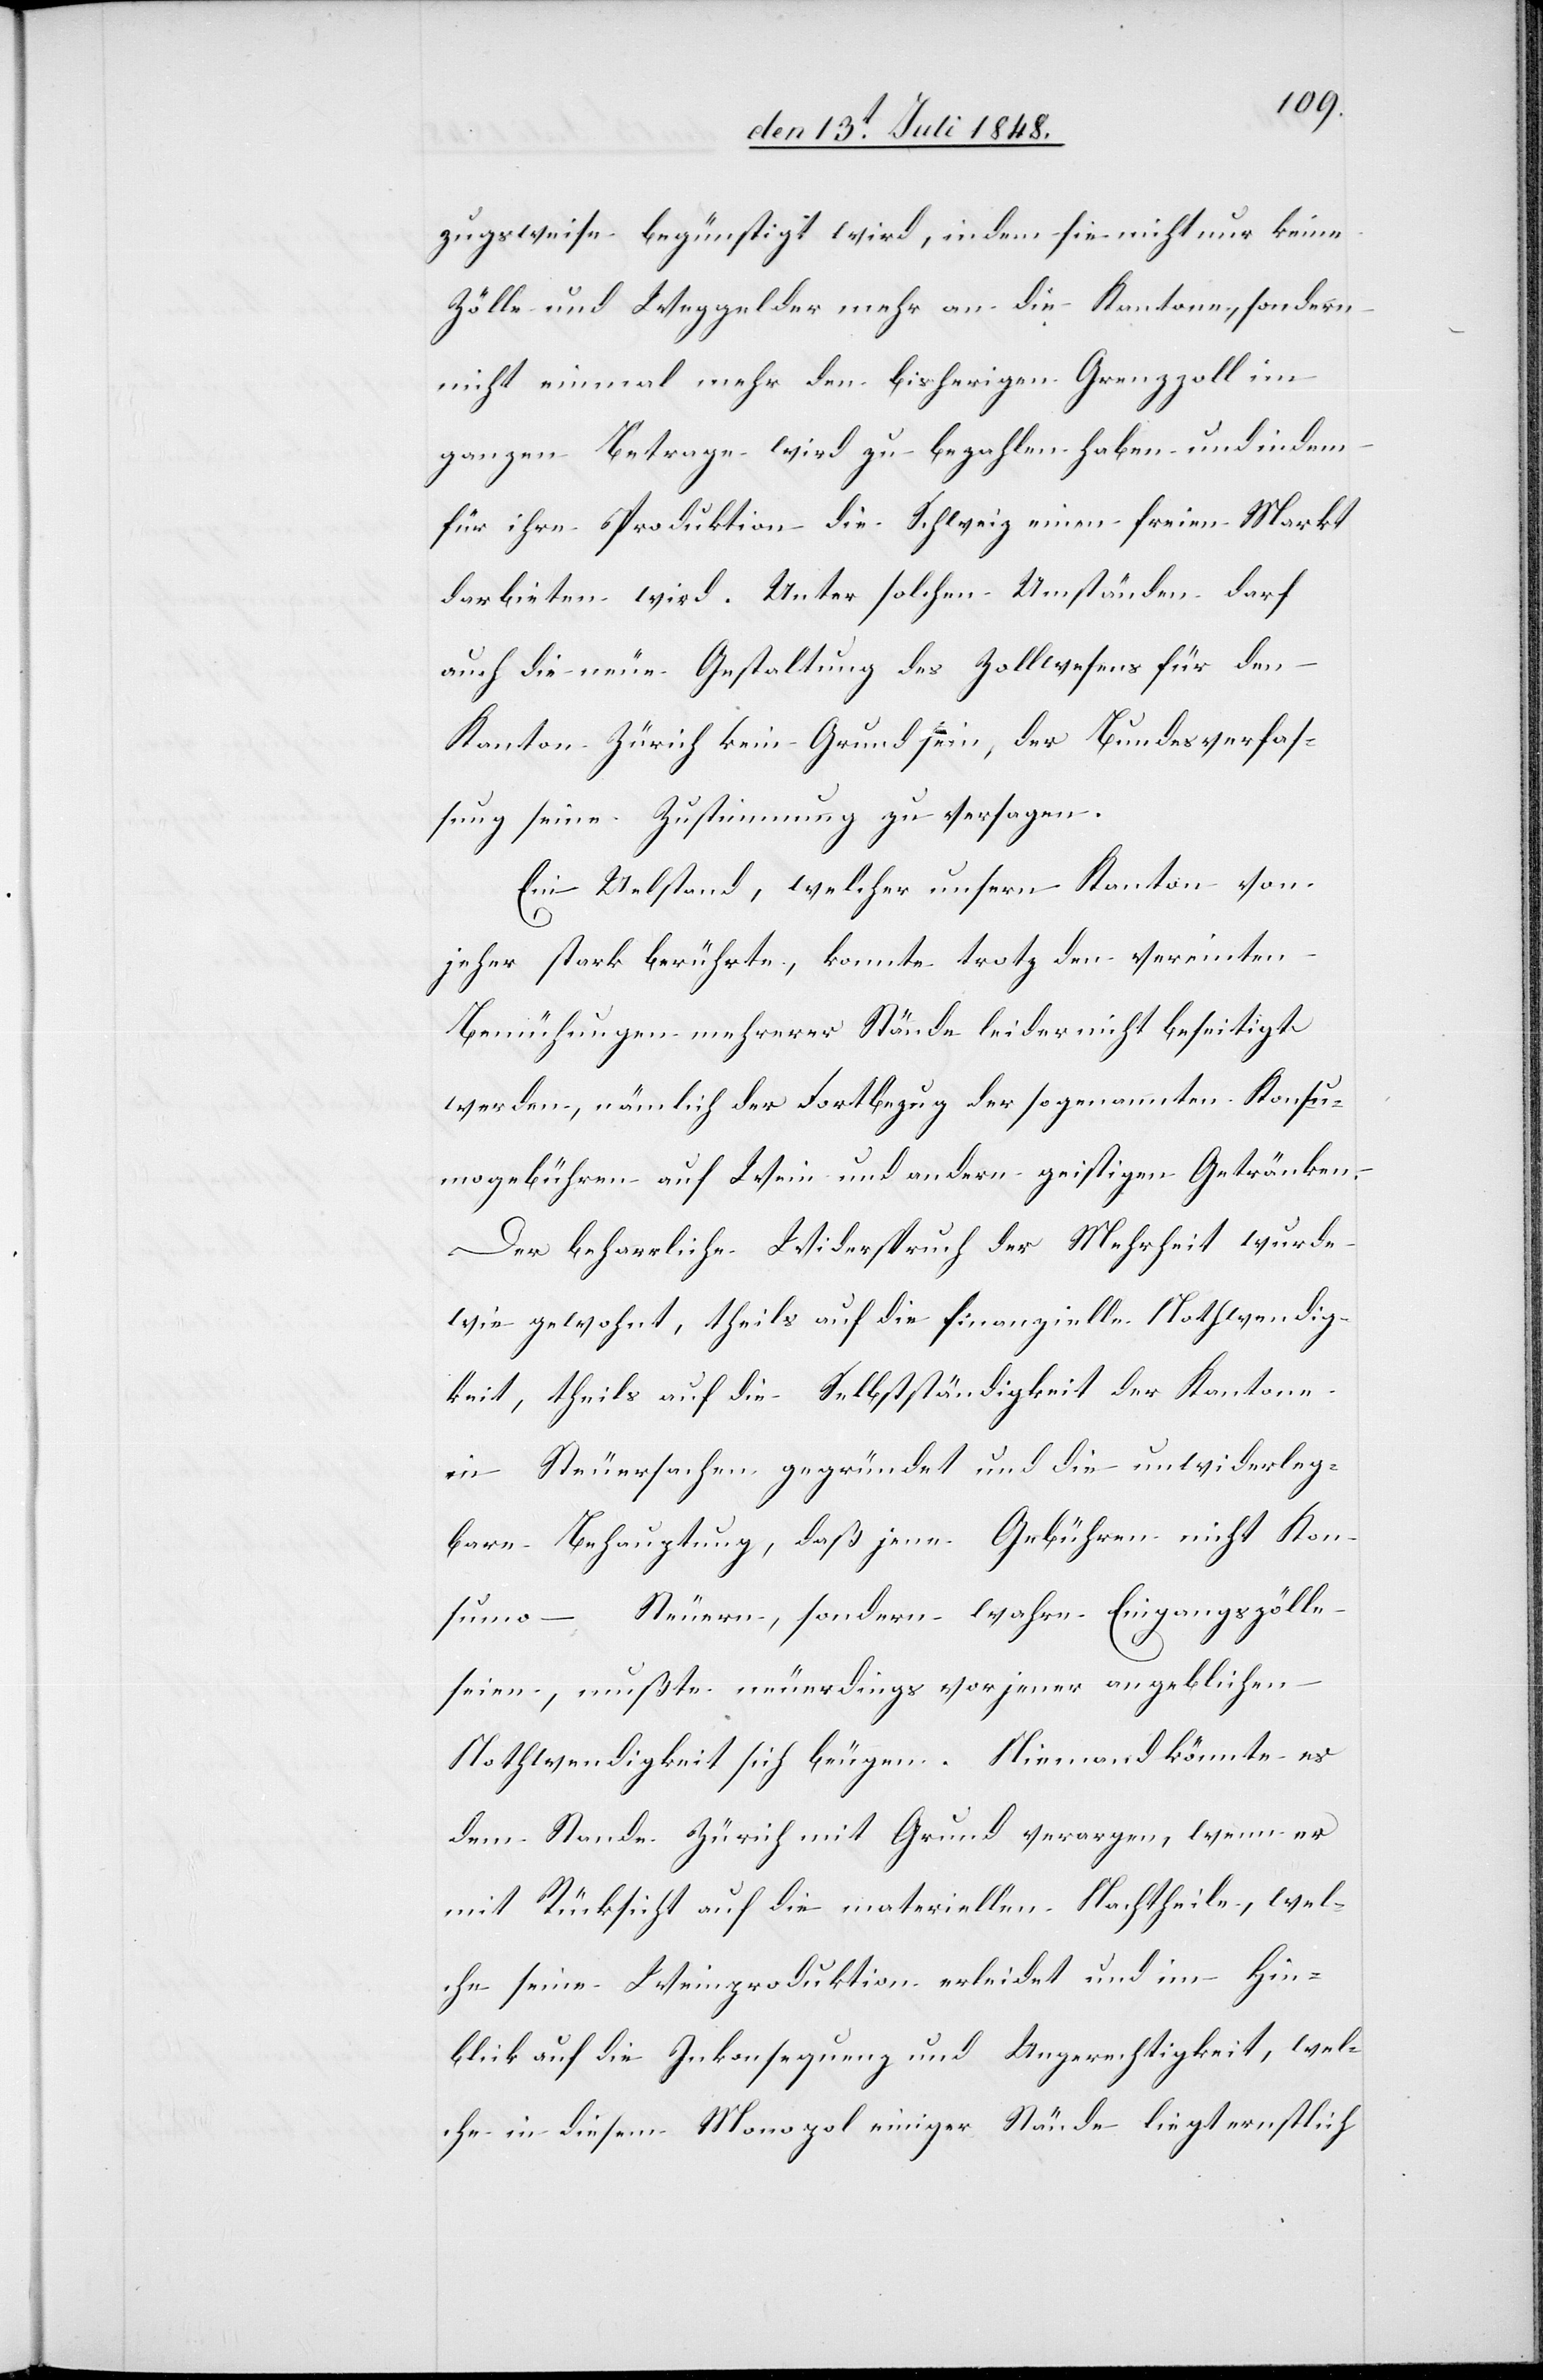
zugsweise begünstigt wird, indem sie nicht nur keine
Zölle und Weggelder mehr an die Kantone, sondern
nicht einmal mehr den bisherigen Grenzzoll im
ganzen Betrage wird zu bezahlen haben und in dem
für ihre Produktion die Schweiz einen freien Markt
darbieten wird. Unter solchen Umständen darf
auch die neue Gestaltung des Zollwesens für den
Kanton Zürich kein Grund sein, der Bundesverfas¬
sung seine Zustimmung zu versagen.
Ein Ue[be]lstand, welcher unsern Kanton von
jeher stark berührte, konnte trotz den vereinten
Bemühungen mehrerer Stände leider nicht beseitigt
werden, nämlich der Fortbezug der sogenannten Konsu¬
mogebühren auf Wein und anderen geistigen Getränken.
Der beharrliche Widerspruch der Mehrheit wurde
wie gewohnt, theils auf die finanzielle Nothwendig¬
keit, theils auf die Selbstständigkeit der Kantone
in Steuersachen gegründet und die unwiderleg¬
bare Behauptung, daß jene Gebühren nicht Kon¬
sumo-Steuern, sondern wahre Eingangszölle
seien, mußte neuerdings vor jener angeblichen
Nothwendigkeit sich beugen. Niemand könnte es
dem Stande Zürich mit Grund verargen, wenn er
mit Rücksicht auf die materiellen Nachtheile, wel¬
che seine Weinproduktion erleidet und im Hin¬
blick auf die Inkonsequenz und Ungerechtigkeit, wel¬
che in diesem Monopol einiger Stände liegt ernstlich